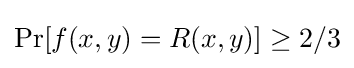
\Pr[f(x,y)=R(x,y)]\geq 2/3